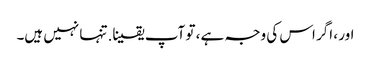
اور ، اگر اس کی وجہ ہے ، تو آپ یقینا. تنہا نہیں ہیں۔